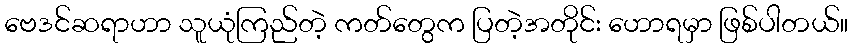
ဗေဒင်ဆရာဟာ သူယုံကြည်တဲ့ ကတ်တွေက ပြတဲ့အတိုင်း ဟောရမှာ ဖြစ်ပါတယ်။